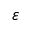
\varepsilon